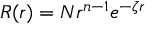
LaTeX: R ( r ) = N r ^ { n - 1 } e ^ { - \zeta r }